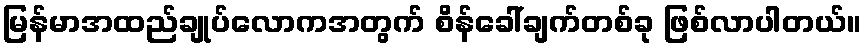
မြန်မာအထည်ချုပ်လောကအတွက် စိန်ခေါ်ချက်တစ်ခု ဖြစ်လာပါတယ်။